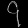
Digit: ၄